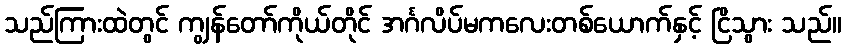
သည်ကြားထဲတွင် ကျွန်တော်ကိုယ်တိုင် အင်္ဂလိပ်မကလေးတစ်ယောက်နှင့် ငြိသွား သည်။